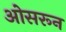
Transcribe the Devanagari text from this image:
ओसरून